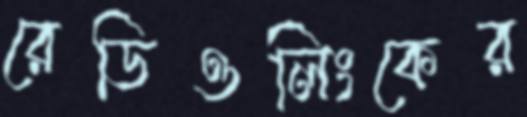
রেডিওলিংকের